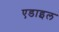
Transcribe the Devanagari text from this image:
एडाइल